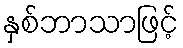
နှစ်ဘာသာဖြင့်